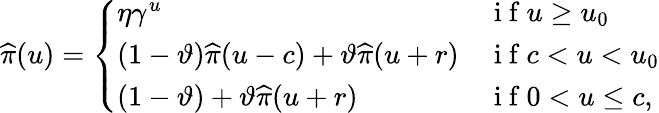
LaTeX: \widehat{\pi}(u)=\left\{ \begin{array}{ll}{\eta\gamma^{u}}&{\mathrm{~i~f~}u\geq u_{0}}\\ {(1-\vartheta)\widehat{\pi}(u-c)+\vartheta\widehat{\pi}(u+r)}&{\mathrm{~i~f~}c<u<u_{0}}\\ {(1-\vartheta)+\vartheta\widehat{\pi}(u+r)}&{\mathrm{~i~f~}0<u\leq c,}\end{array}\right.